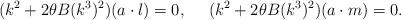
LaTeX: \begin{align*}(k^2 + 2\theta B(k^3)^2)(a\cdot l)=0, \ \ \ \ (k^2 +2\theta B (k^3)^2)(a\cdot m)=0.\end{align*}